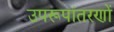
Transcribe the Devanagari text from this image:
उपरूपांतरणों